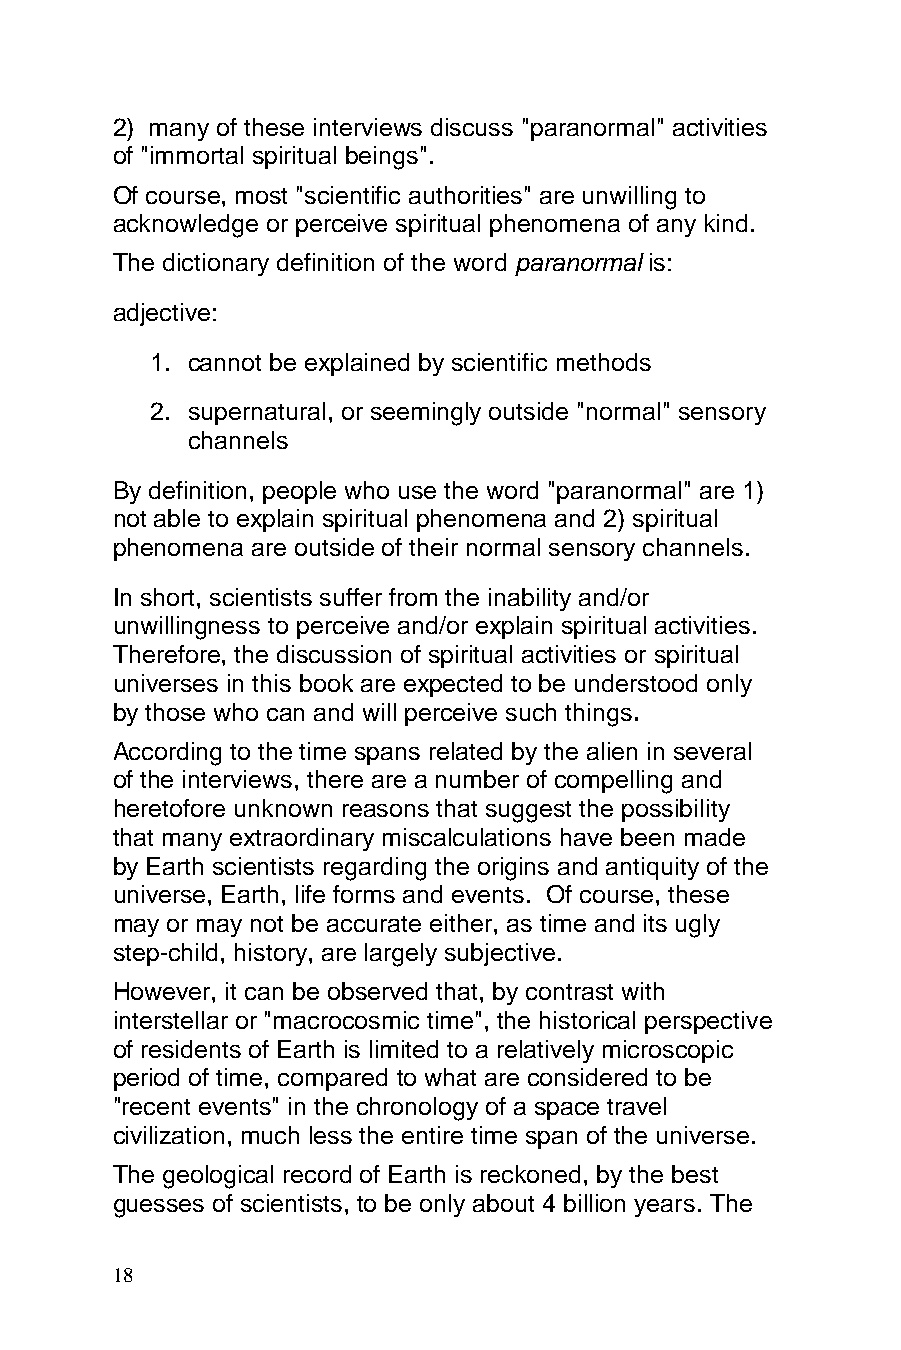
2) many of these interviews discuss "paranormal" activities
 of "immortal spiritual beings".
 Of course, most "scientific authorities" are unwilling to
 acknowledge or perceive spiritual phenomena of any kind.
 The dictionary definition of the word paranormal is:
 adjective:
 1. cannot be explained by scientific methods
 2. supernatural, or seemingly outside "normal" sensory
 channels
 By definition, people who use the word "paranormal" are 1)
 not able to explain spiritual phenomena and 2) spiritual
 phenomena are outside of their normal sensory channels.
 In short, scientists suffer from the inability and/or
 unwillingness to perceive and/or explain spiritual activities.
 Therefore, the discussion of spiritual activities or spiritual
 universes in this book are expected to be understood only
 by those who can and will perceive such things.
 According to the time spans related by the alien in several
 of the interviews, there are a number of compelling and
 heretofore unknown reasons that suggest the possibility
 that many extraordinary miscalculations have been made
 by Earth scientists regarding the origins and antiquity of the
 universe, Earth, life forms and events. Of course, these
 may or may not be accurate either, as time and its ugly
 step-child, history, are largely subjective.
 However, it can be observed that, by contrast with
 interstellar or "macrocosmic time", the historical perspective
 of residents of Earth is limited to a relatively microscopic
 period of time, compared to what are considered to be
 "recent events" in the chronology of a space travel
 civilization, much less the entire time span of the universe.
 The geological record of Earth is reckoned, by the best
 guesses of scientists, to be only about 4 billion years. The
 18